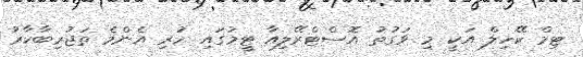
ޓިމް ކޭހިލް އަކީ މި ވަގުތު އޮސްޓްރޭލިއާ ޓީމުގައި ހުރި އެންމެ ތަޖުރިބާކާރު